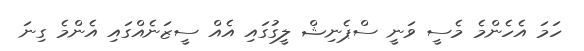
ހަމަ އެހެންމެ މެސީ ވަނީ ސްޕެނިޝް ލީގުގައި އެއް ސީޒަނެއްގައި އެންމެ ގިނަ